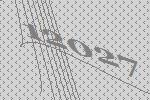
12027